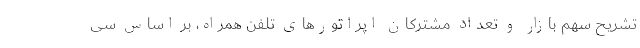
تشریح سهم بازار و تعداد مشترکان اپراتورهای تلفن همراه، بر اساس سی